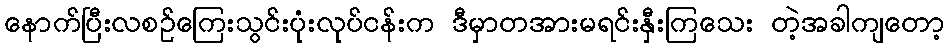
နောက်ပြီးလစဉ်ကြေးသွင်းပုံးလုပ်ငန်းက ဒီမှာတအားမရင်းနှီးကြသေး တဲ့အခါကျတော့